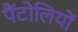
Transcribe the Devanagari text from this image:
पैंटोलियों